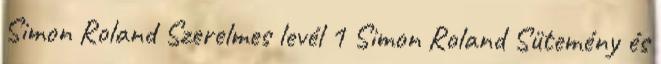
Simon Roland Szerelmes levél 1 Simon Roland Sütemény és